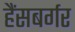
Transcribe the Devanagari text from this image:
हैंसबर्गर